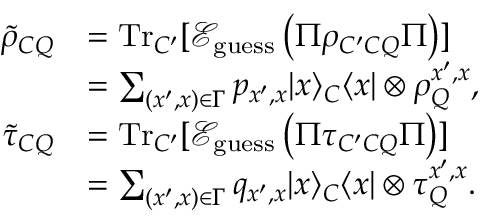
\begin{array} { r l } { \tilde { \rho } _ { C Q } } & { = \mathrm { T r } _ { C ^ { \prime } } [ \mathcal { E } _ { \mathrm { g u e s s } } \left( \Pi \rho _ { C ^ { \prime } C Q } \Pi \right) ] } \\ & { = \sum _ { ( x ^ { \prime } , x ) \in \Gamma } p _ { x ^ { \prime } , x } | x \rangle _ { C } \langle x | \otimes \rho _ { Q } ^ { x ^ { \prime } , x } , } \\ { \tilde { \tau } _ { C Q } } & { = \mathrm { T r } _ { C ^ { \prime } } [ \mathcal { E } _ { \mathrm { g u e s s } } \left( \Pi \tau _ { C ^ { \prime } C Q } \Pi \right) ] } \\ & { = \sum _ { ( x ^ { \prime } , x ) \in \Gamma } q _ { x ^ { \prime } , x } | x \rangle _ { C } \langle x | \otimes \tau _ { Q } ^ { x ^ { \prime } , x } . } \end{array}